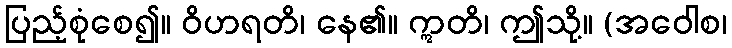
ပြည့်စုံစေ၍။ ဝိဟရတိ၊ နေ၏။ ဣတိ၊ ဤသို့။ (အဝေါစ၊